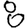
Digit: 8